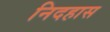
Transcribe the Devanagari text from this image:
निदहास